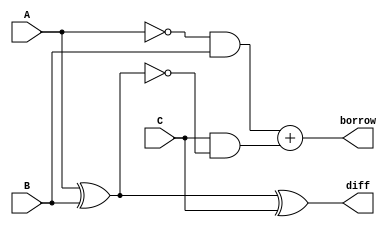
module FS(output diff,borrow,input A,B,C);
assign diff=A^B^C;
assign borrow=(~A&B)+(C&~(A^B));
endmodule